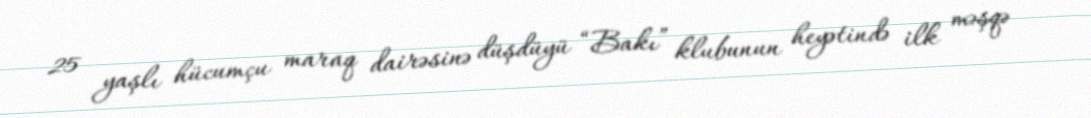
25 yaşlı hücumçu maraq dairəsinə düşdüyü “Bakı” klubunun heyətində ilk məşqə